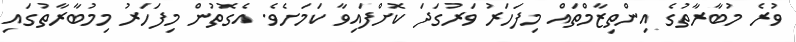
ވުރެ މުބާރާތުގެ އިންތިޒާމްތައް މިފަހަރު ވަރުގަދަ ކޮށްފައިވާ ކަމަށެވެ. އެގޮތުން މިފަހަރު މިމުބާރާތުގައި